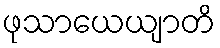
ဖုသာယေယျာတိ